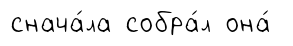
снача́ла собра́л она́